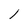
Character: 1